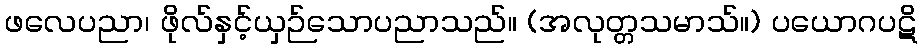
ဖလေပညာ၊ ဖိုလ်နှင့်ယှဉ်သောပညာသည်။ (အလုတ္တသမာသ်။) ပယောဂပဋိ